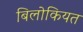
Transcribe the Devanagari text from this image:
बिलोकियत